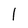
Character: l